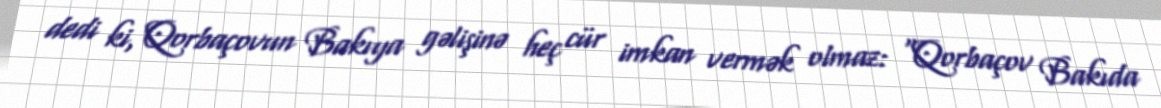
dedi ki, Qorbaçovun Bakıya gəlişinə heç cür imkan vermək olmaz: “Qorbaçov Bakıda